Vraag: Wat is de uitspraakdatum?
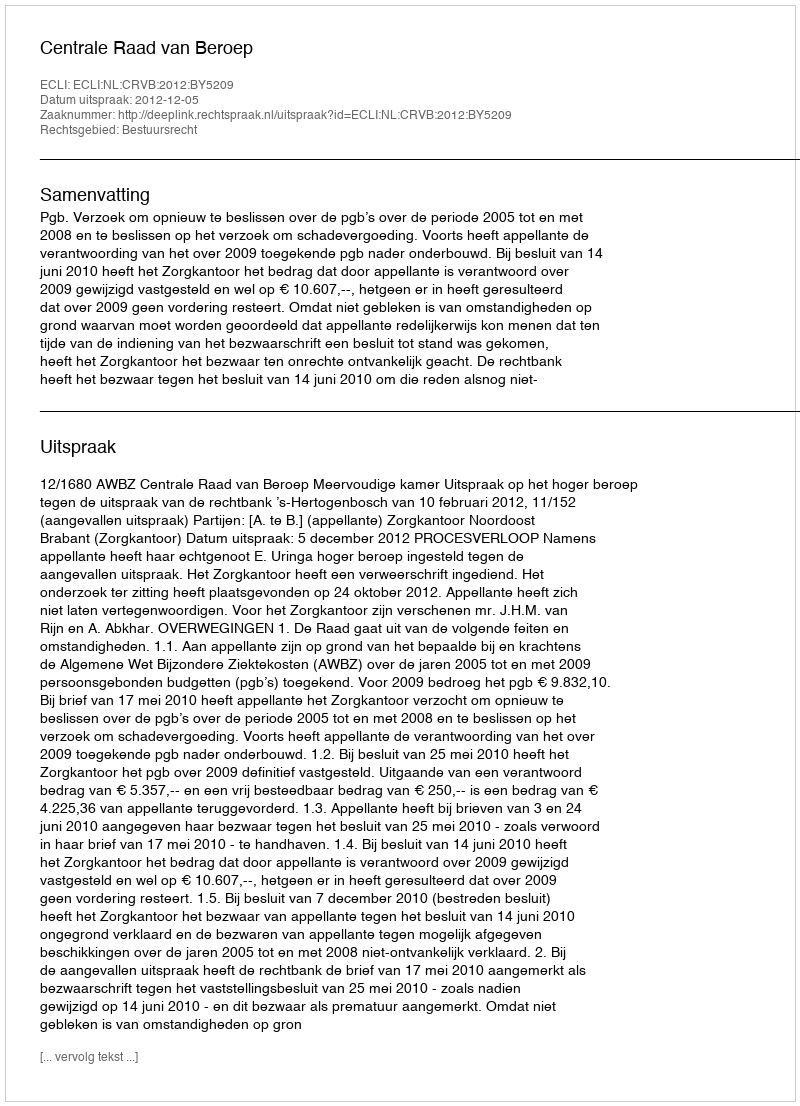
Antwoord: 2012-12-05